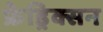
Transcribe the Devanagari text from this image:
फ्रेड्रिक्सन